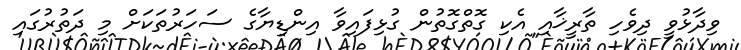
ވިދާޅުވީ ދިވެހި ތާރީޚާއި އެކި ގޮތްގޮތުން ގުޅިފައިވާ އިންޑިޔާގެ ސަހަރުތަކަށް މި ދަތުރުގައި